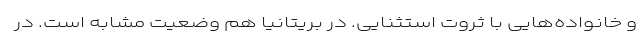
و خانواده‌هایی با ثروت استثنایی. در بریتانیا هم وضعیت مشابه است. در